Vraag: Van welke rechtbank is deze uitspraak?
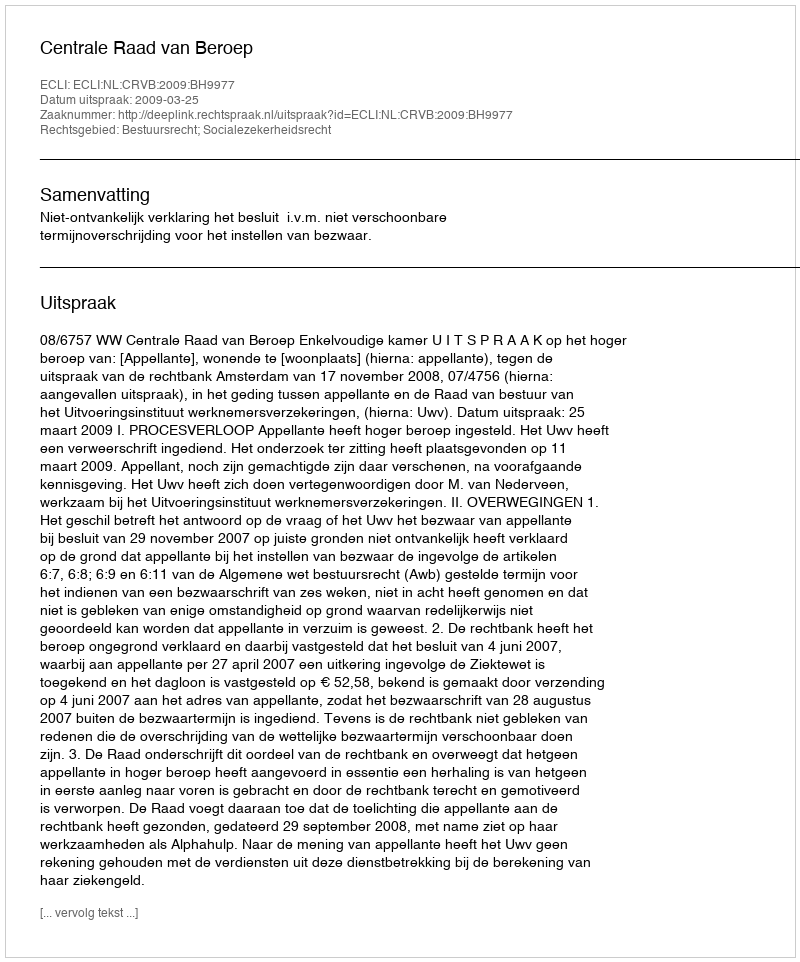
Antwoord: Centrale Raad van Beroep